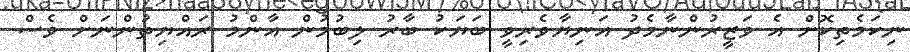
ނިކަމެތިކޮށް އެ ވަޒީރުންނާމެދު އަނިޔާވެރިވީ ބަޔަކު ބާރު ލިބުމުން އާންމު ރައްޔިތުންނަށް ވެސް